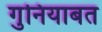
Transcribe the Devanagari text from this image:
गुनियाबत